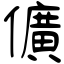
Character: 儣